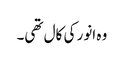
وہ انور کی کال تھی۔